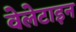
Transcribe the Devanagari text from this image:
वेलेटाइन